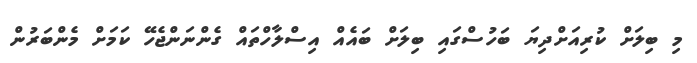
މި ބިލަށް ކުރިއަށްދިޔަ ބަހުސްގައި ބިލަށް ބައެއް އިސްލާހްތައް ގެންނަންޖެހޭ ކަމަށް މެންބަރުން